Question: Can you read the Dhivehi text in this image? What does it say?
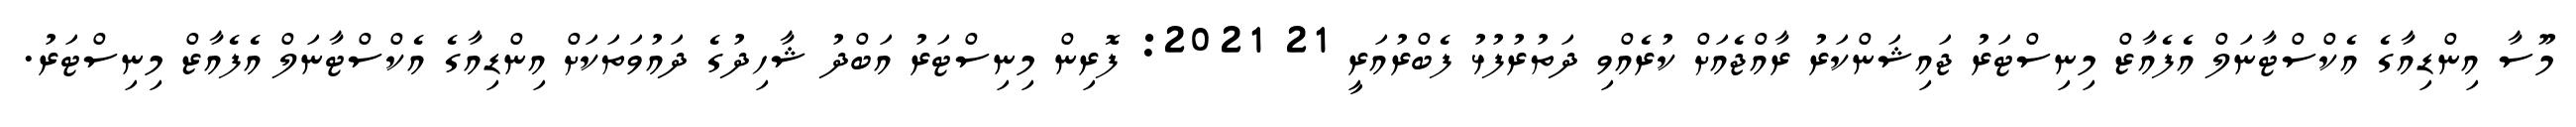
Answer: މޫސާ އިންޑިއާގެ އެކްސްޓާނަލް އެފެއާޒް މިނިސްޓަރު ޖައިޝަންކަރު ރާއްޖެއަށް ކުރެއްވި ދަތުރުފުޅު ފެބްރުއަރީ 21 2021: ފޮރިން މިނިސްޓަރު އަބްދު ޝާހިދުގެ ދައުވަތަކަށް އިންޑިއާގެ އެކްސްޓާނަލް އެފެއާޒް މިނިސްޓަރު.